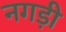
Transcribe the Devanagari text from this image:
नगड़ी